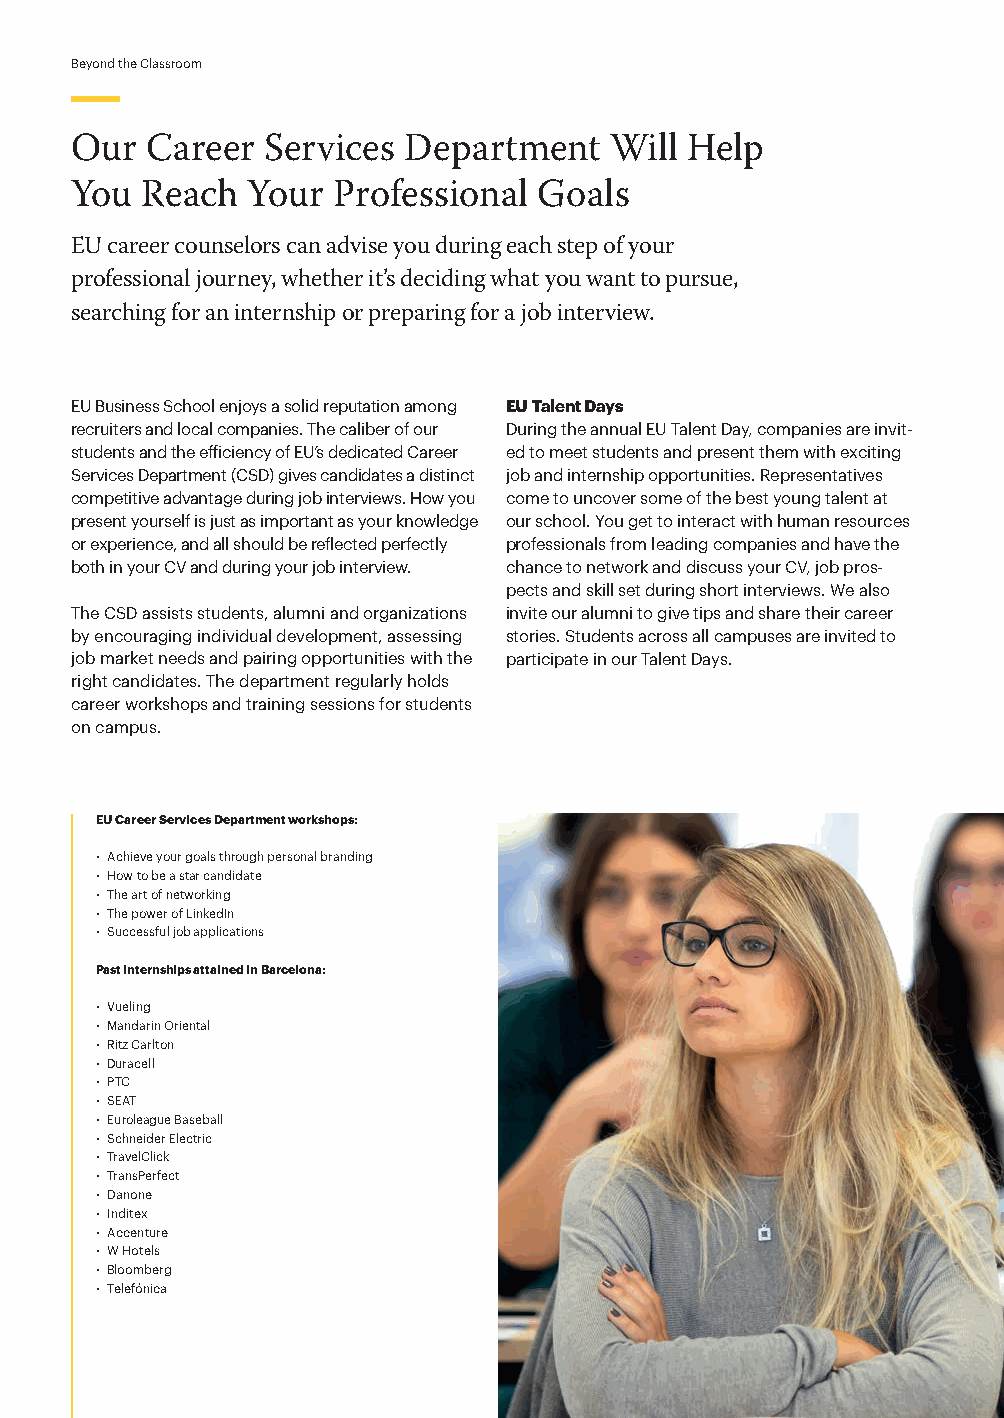
Beyond the Classroom
 Our  Career Services  Department   Will Help
 You Reach  Your  Professional  Goals
 EU career counselors can advise you during each step of your
 professional journey, whether it’s deciding what you want to pursue,
 searching for an internship or preparing for a job interview.
 EU Business School enjoys a solid reputation among EU Talent Days
 recruiters and local companies. The caliber of our During the annual EU Talent Day, companies are invit-
 students and the efficiency of EU’s dedicated Career ed to meet students and present them with exciting
 Services Department (CSD) gives candidates a distinct job and internship opportunities. Representatives
 competitive advantage during job interviews. How you come to uncover some of the best young talent at
 present yourself is just as important as your knowledge our school. You get to interact with human resources
 or experience, and all should be reflected perfectly professionals from leading companies and have the
 both in your CV and during your job interview. chance to network and discuss your CV, job pros-
 pects and skill set during short interviews. We also
 The CSD assists students, alumni and organizations invite our alumni to give tips and share their career
 by encouraging individual development, assessing stories. Students across all campuses are invited to
 job market needs and pairing opportunities with the participate in our Talent Days.
 right candidates. The department regularly holds
 career workshops and training sessions for students
 on campus.
 EU Career Services Department workshops:
 • Achieve your goals through personal branding
 • How to be a star candidate
 • The art of networking
 • The power of LinkedIn
 • Successful job applications
 Past internships attained in Barcelona:
 • Vueling
 • Mandarin Oriental
 • Ritz Carlton
 • Duracell
 • PTC
 • SEAT
 • Euroleague Baseball
 • Schneider Electric
 • TravelClick
 • TransPerfect
 • Danone
 • Inditex
 • Accenture
 • W Hotels
 • Bloomberg
 • Telefónica